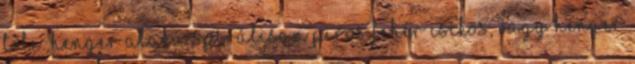
tőle: henger alakú spirálisan piros fehér csíkos, vagy henger